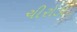
ચીરોડા